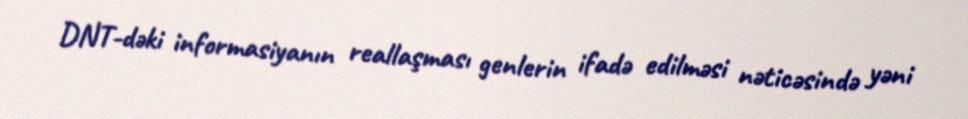
DNT-dəki informasiyanın reallaşması genlerin ifadə edilməsi nəticəsində yəni